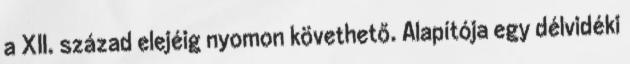
a XII. század elejéig nyomon követhető. Alapítója egy délvidéki